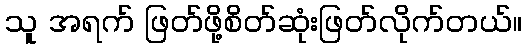
သူ အရက် ဖြတ်ဖို့စိတ်ဆုံးဖြတ်လိုက်တယ်။